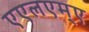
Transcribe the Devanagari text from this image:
एएलएम्ए